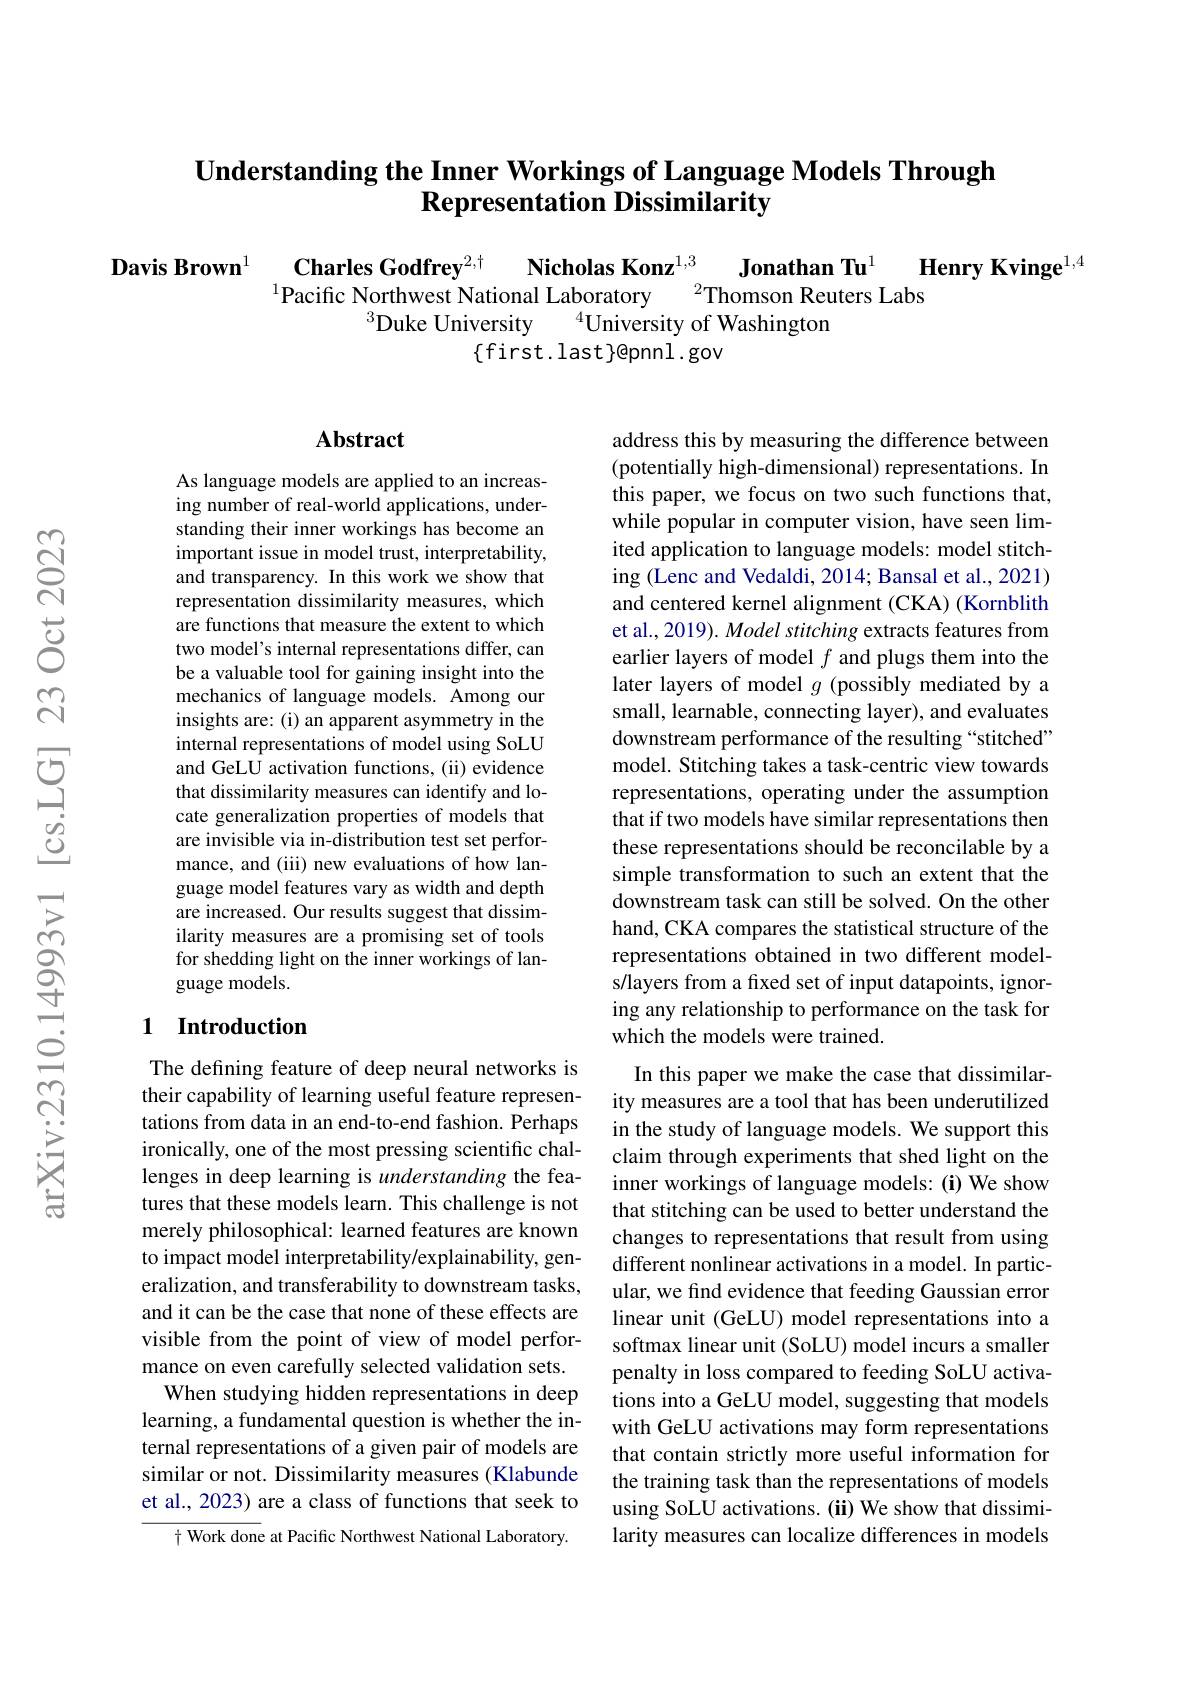
$\textbf{Understanding the Inner Workings of Language Models Through}$
Representation Dissimilarity

$\begin{array}{cc}\textbf{Davis Brown}^1&\textbf{Charles Godfrey}^{2,\dagger}&\textbf{Nicholas Konz}^{1,3}&\textbf{Jonathan Tu}^1&\textbf{Henry Kvinge}^{1,4}\\&\text{Pacific Northwest National Laboratory}^{2}\text{Thomson Reuters Labs}\\&&\text{Duke University }^{4}\text{Unjversitv of Washinston}\end{array}$
$\{$first.last$\}$@pnnl.gov

## Abstract

As language models are applied to an increasing number of real-world applications, understanding their inner workings has become an important issue in model trust, interpretability, and transparency. In this work we show that representation dissimilarity measures, which are functions that measure the extent to which two model's internal representations differ, can be a valuable tool for gaining insight into the mechanics of language models. Among our insights are: (i) an apparent asymmetry in the internal representations of model using SoLU and GeLU activation functions, (ii) evidence that dissimilarity measures can identify and locate generalization properties of models that are invisible via in-distribution test set performance, and (iii) new evaluations of how language model features vary as width and depth are increased. Our results suggest that dissimilarity measures are a promising set of tools for shedding light on the inner workings of language models.

## 1 Introduction

The defining feature of deep neural networks is their capability of learning useful feature representations from data in an end-to-end fashion. Perhaps ironically, one of the most pressing scientific challenges in deep learning is understanding the features that these models learn. This challenge is not merely philosophical: learned features are known to impact model interpretability/explainability, generalization, and transferability to downstream tasks, and it can be the case that none of these effects are visible from the point of view of model performance on even carefully selected validation sets. When studying hidden representations in deep learning, a fundamental question is whether the internal representations of a given pair of models are similar or not. Dissimilarity measures (Klabunde et al., 2023) are a class of functions that seek to
$\dagger$ Work done at Pacific Northwest National Laboratory.

address this by measuring the difference between (potentially high-dimensional) representations. In this paper, we focus on two such functions that, while popular in computer vision, have seen limited application to language models: model stitching (Lenc and Vedaldi, 2014; Bansal et al., 2021) and centered kernel alignment (CKA) (Kornblith et al., 2019). Model stitching extracts features from earlier layers of model $f$ and plugs them into the later layers of model $g$ (possibly mediated by a small, learnable, connecting layer), and evaluates downstream performance of the resulting “stitched” model. Stitching takes a task-centric view towards representations, operating under the assumption that if two models have similar representations then these representations should be reconcilable by a simple transformation to such an extent that the downstream task can still be solved. On the other hand, CKA compares the statistical structure of the representations obtained in two different models/layers from a fixed set of input datapoints, ignoring any relationship to performance on the task for which the models were trained.
In this paper we make the case that dissimilar-

ity measures are a tool that has been underutilized in the study of language models. We support this claim through experiments that shed light on the inner workings of language models: (i) We show that stitching can be used to better understand the changes to representations that result from using different nonlinear activations in a model. In particular, we find evidence that feeding Gaussian error linear unit (GeLU) model representations into a softmax linear unit (SoLU) model incurs a smaller penalty in loss compared to feeding SoLU activations into a GeLU model, suggesting that models with GeLU activations may form representations that contain strictly more useful information for the training task than the representations of models using SoLU activations. (ii) We show that dissimilarity measures can localize differences in models